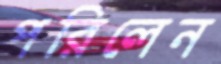
পরিলেন